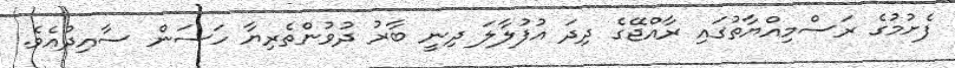
ފެށުމުގެ ރަސްމިއްޔާތުގައި ރާއްޖޭގެ ދިދަ އުފުލާލަ ދިނީ ބާރު ދުވުންތެރިޔާ ހަސަން ސާއިދުއެވެ.